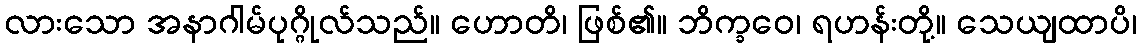
လားသော အနာဂါမ်ပုဂ္ဂိုလ်သည်။ ဟောတိ၊ ဖြစ်၏။ ဘိက္ခဝေ၊ ရဟန်းတို့။ သေယျထာပိ၊